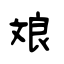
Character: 斏